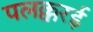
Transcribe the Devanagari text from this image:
पलक्करई